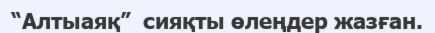
“Алтыаяқ”  сияқты өлеңдер жазған.